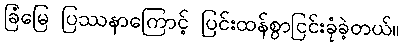
ခြံမြေ ပြဿနာကြောင့် ပြင်းထန်စွာငြင်းခုံခဲ့တယ်။